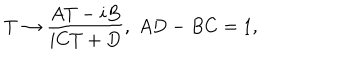
T \rightarrow \frac { A T - i B } { i C T + D } , \; A D - B C = 1 ,